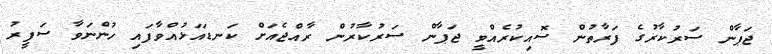
ޖަޕާން ސަރުކާރުގެ ފަރާތުން ސޮއިކުރެއްވީ ޖަޕާން ސަރުކާރުން ރާއްޖެއަށް ކަނޑައަޅުއްވާފައި ހުންނަވާ ސަފީރު